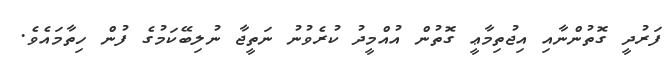
ފަރުދީ ގޮތުންނާއި އިޖުތިމާޢީ ގޮތުން އުއްމީދު ކުރެވުނު ނަތީޖާ ނުލިބޭކަމުގެ ފުން ހިތާމައެވެ.